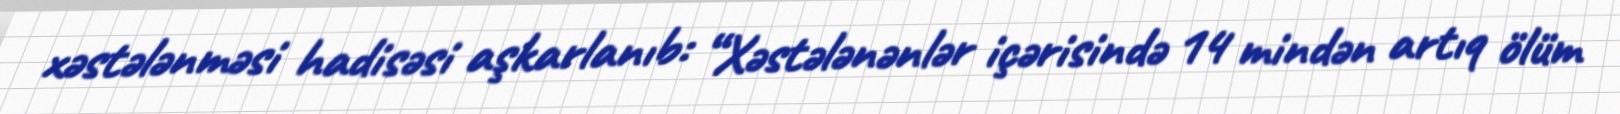
xəstələnməsi hadisəsi aşkarlanıb: “Xəstələnənlər içərisində 14 mindən artıq ölüm